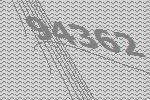
94362